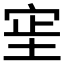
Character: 𫳊